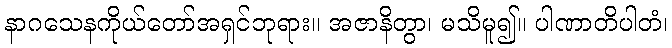
နာဂသေနကိုယ်တော်အရှင်ဘုရား။ အဇာနိတွာ၊ မသိမူ၍။ ပါဏာတိပါတံ၊